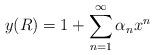
LaTeX: \begin{align*}y(R) = 1 + \sum_{n=1}^\infty \alpha_n x^n\end{align*}